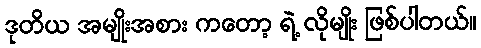
ဒုတိယ အမျိုးအစား ကတော့ ရဲ့ လိုမျိုး ဖြစ်ပါတယ်။